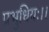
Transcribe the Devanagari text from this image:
प्रभुधियः।।